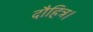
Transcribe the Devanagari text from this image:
दौहित्र।